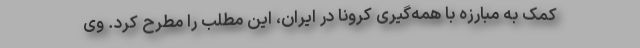
کمک به مبارزه با همه‌گیری کرونا در ایران، این مطلب را مطرح کرد. وی